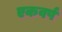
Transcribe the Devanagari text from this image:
एकवर्ष